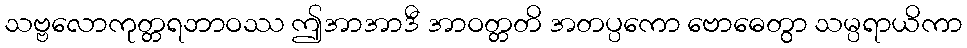
သဗ္ဗလောကုတ္တရဘာဝဿ ဤအာအာဒီ အာဝတ္တတိ အတပ္ပကော ဗောဓေတွာ သမ္ပရာယိကာ